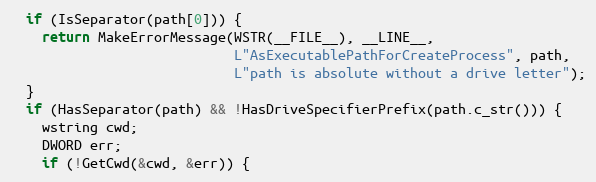
Language: C++
  if (IsSeparator(path[0])) {
    return MakeErrorMessage(WSTR(__FILE__), __LINE__,
                            L"AsExecutablePathForCreateProcess", path,
                            L"path is absolute without a drive letter");
  }
  if (HasSeparator(path) && !HasDriveSpecifierPrefix(path.c_str())) {
    wstring cwd;
    DWORD err;
    if (!GetCwd(&cwd, &err)) {